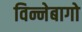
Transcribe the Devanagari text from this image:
विन्नेबागो